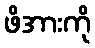
ဖိအားကို